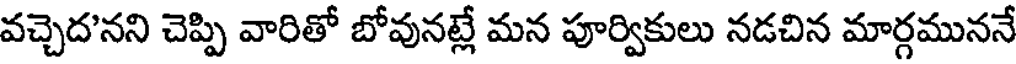
వచ్చెద'నని చెప్పి వారితో బోవునట్లే మన పూర్వికులు నడచిన మార్గముననే